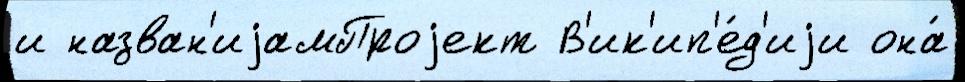
и назван'иjамПроjект В'ик'ип'е́д'иjи она́